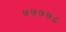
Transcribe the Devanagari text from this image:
७७७७८